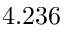
4 . 2 3 6